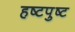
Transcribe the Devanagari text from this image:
हष्टपुष्ट